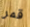
قمر